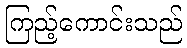
ကြည့်ကောင်းသည်